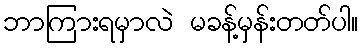
ဘာကြားရမှာလဲ မခန့်မှန်းတတ်ပါ။